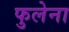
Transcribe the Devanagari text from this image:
फुलेना